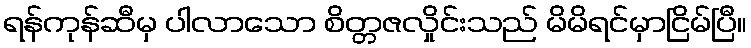
ရန်ကုန်ဆီမှ ပါလာသော စိတ္တဇလှိုင်းသည် မိမိရင်မှာငြိမ်ပြီ။